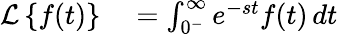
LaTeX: \begin{array}{rl}{{\mathcal{L}}\left\{ f(t)\right\} }&{{}=\int_{0^{-}}^{\infty}e^{-st}f(t)\, dt}\end{array}